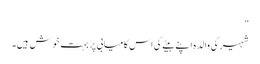
"
شہیر کی والدہ اپنے بیٹے کی اس کامیابی پر بہت خوش ہیں۔